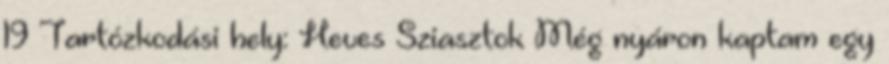
19 Tartózkodási hely: Heves Sziasztok Még nyáron kaptam egy